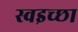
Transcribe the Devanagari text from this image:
स्वइच्छा